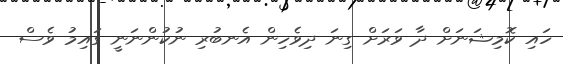
ހައި ކޮމިޝަނަށް ދާ ވަރަށް ގިނަ ދިވެހިން އެނބުރި ނުކުންނަނީ ގައިމު ވެސް